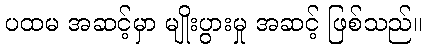
ပထမ အဆင့်မှာ မျိုးပွားမှု အဆင့် ဖြစ်သည်။